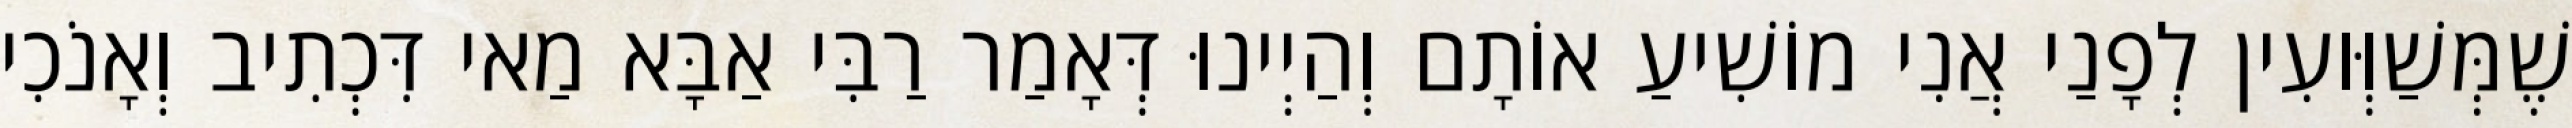
שֶׁמְּשַׁוְּועִין לְפָנַי אֲנִי מוֹשִׁיעַ אוֹתָם וְהַיְינוּ דְּאָמַר רַבִּי אַבָּא מַאי דִּכְתִיב וְאָנֹכִי